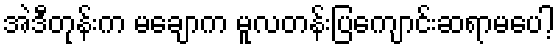
အဲဒီတုန်းက မချောက မူလတန်းပြကျောင်းဆရာမပေါ့